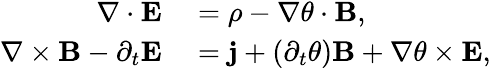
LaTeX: \begin{array}{rl}{\mathbf{\nabla}\cdot\mathbf{E}}&{{}=\rho-\mathbf{\nabla}\theta\cdot\mathbf{B},}\\ {\mathbf{\nabla}\times\mathbf{B}-\partial_{t}\mathbf{E}}&{{}=\mathbf{j}+(\partial_{t}\theta)\mathbf{B}+\mathbf{\nabla}\theta\times\mathbf{E},}\end{array}